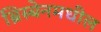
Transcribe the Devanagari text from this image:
ब्रिस्बेनमधील